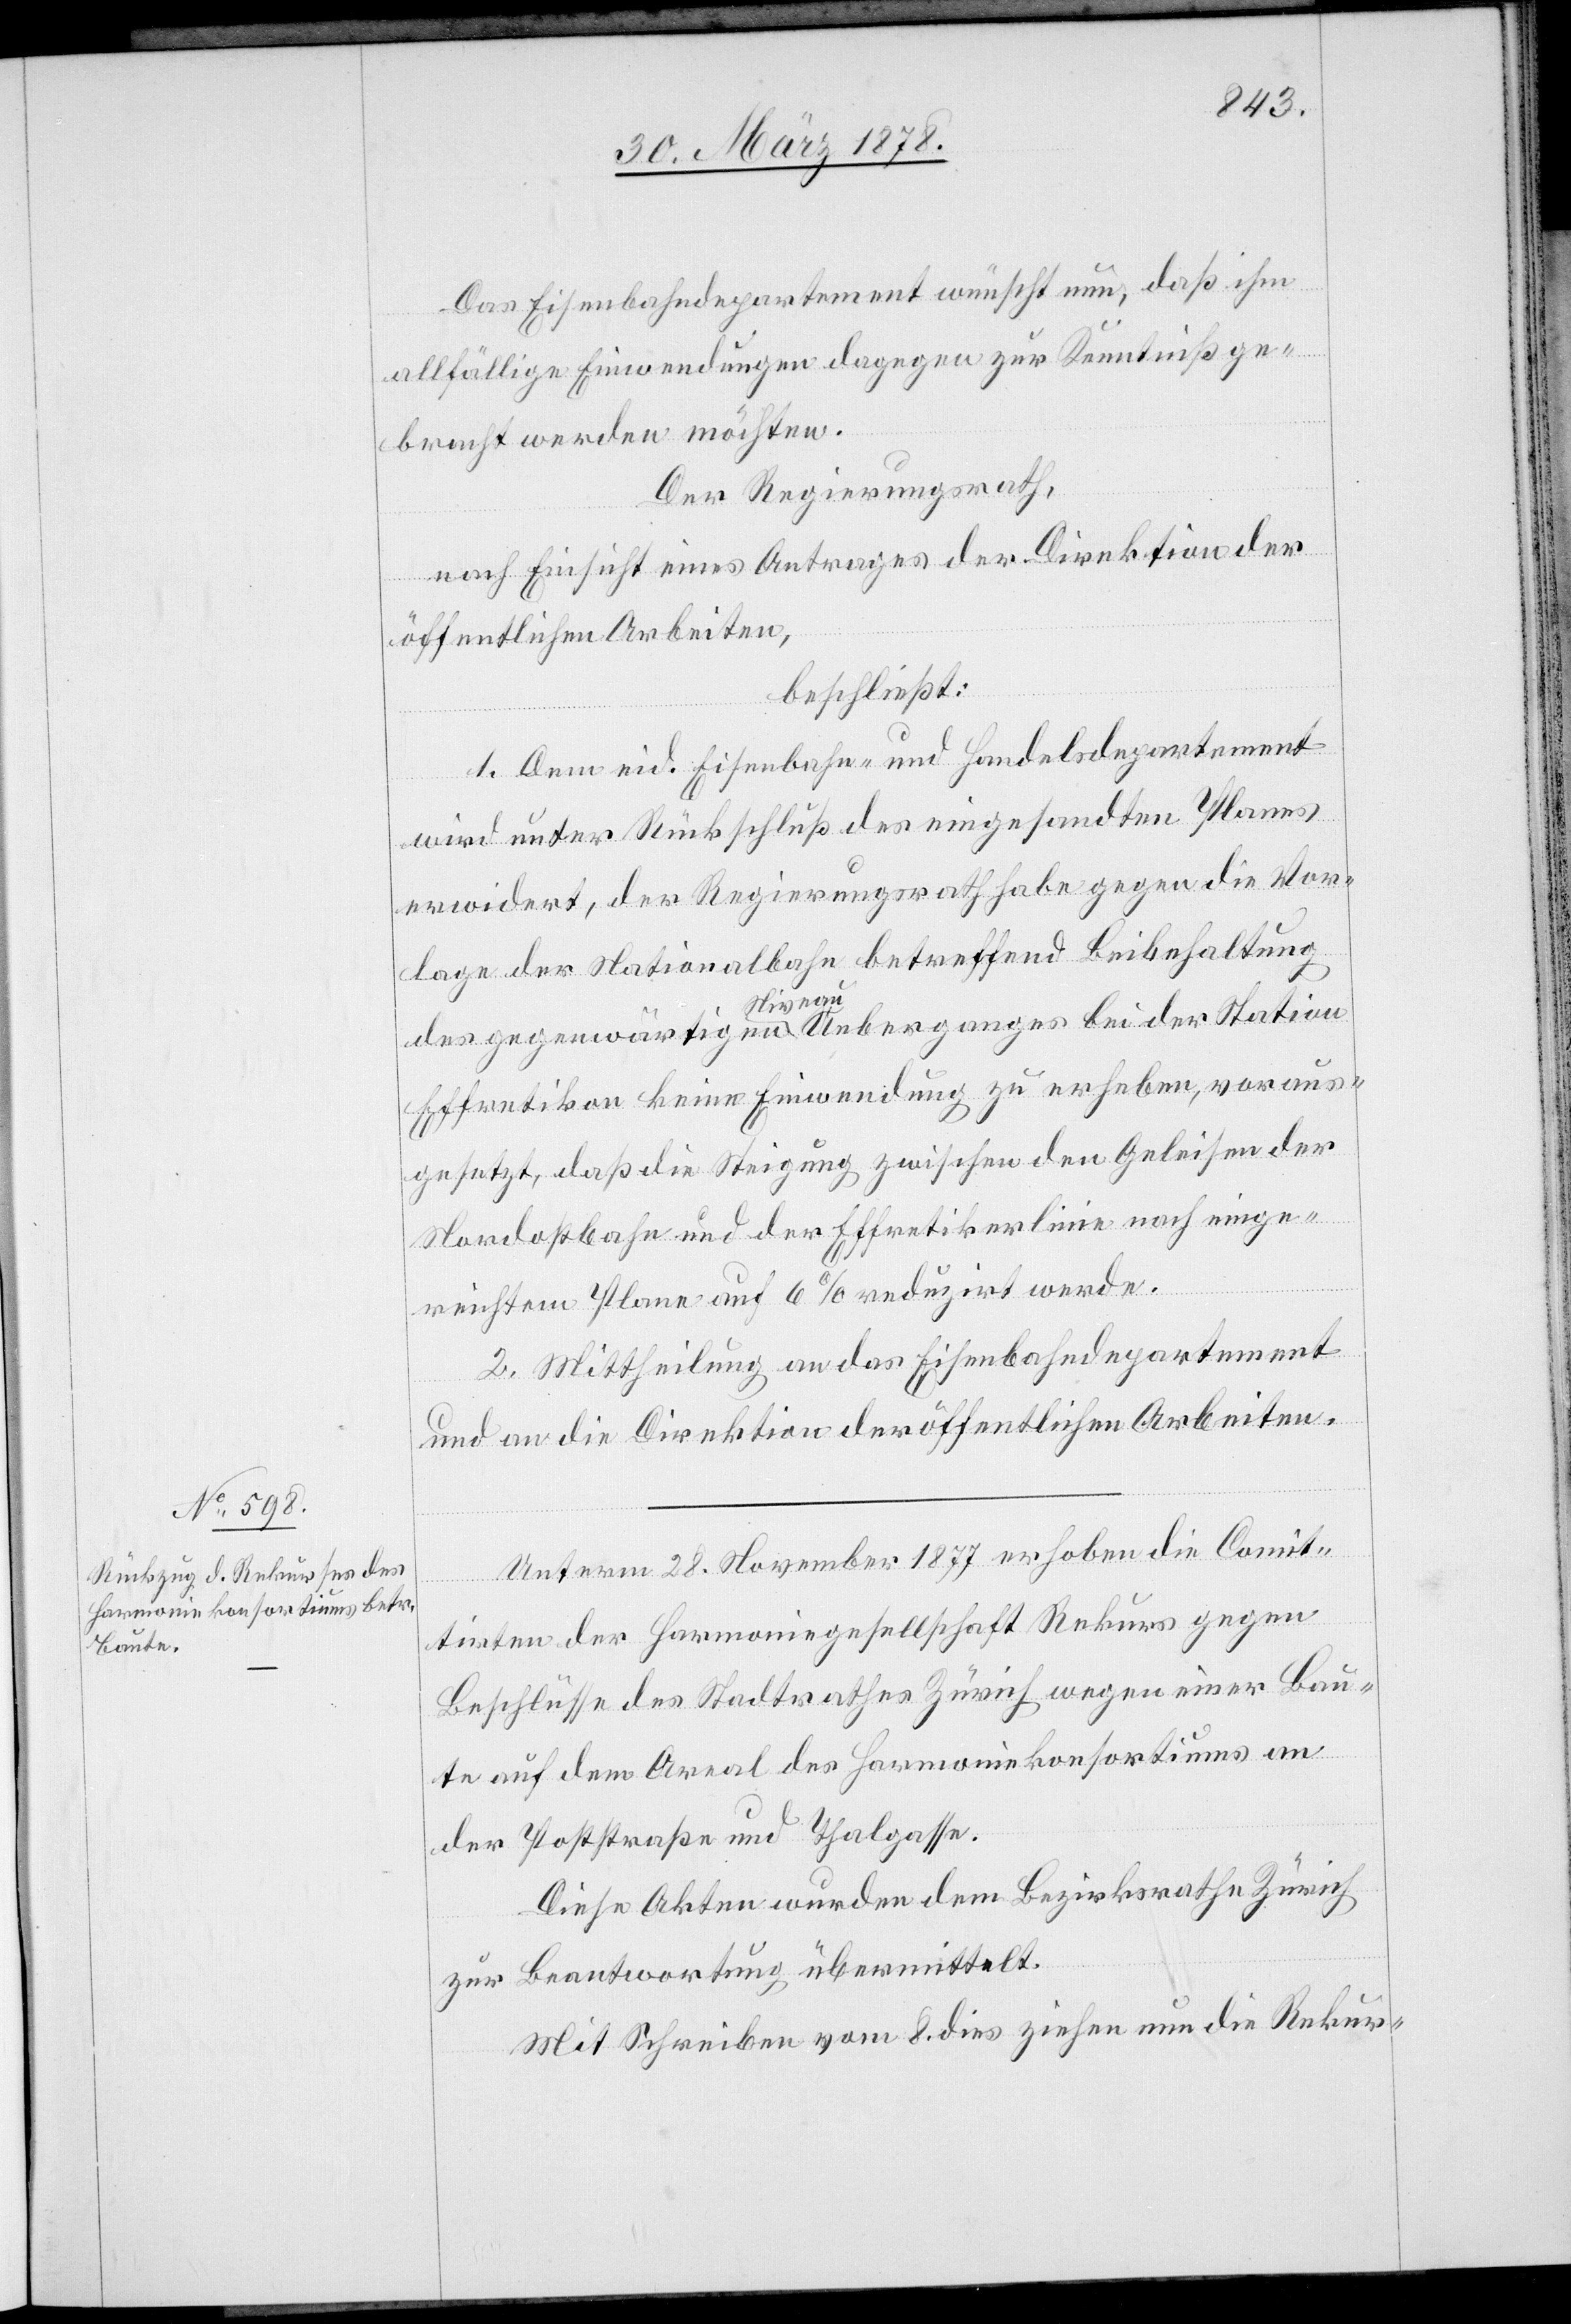
Das Eisenbahndepartement wünscht nun, daß ihm
allfällige Einwendungen dagegen zur Kenntniß ge¬
bracht werden möchten.
Der Regierungsrath,
nach Einsicht eines Antrages der Direktion der
öffentlichen Arbeiten,
beschließt:
1. Dem eid. Eisenbahn- und Handelsdepartement
wird unter Rückschluß des eingesandten Planes
erwidert, der Regierungsrath habe gegen die Vor¬
lage der Nationalbahn betreffend Beibehaltung
des gegenwärtigen Niveau-Ueberganges bei der Station
Effretikon keine Einwendung zu erheben, voraus¬
gesetzt, daß die Steigung zwischen den Geleisen der
Nordostbahn und der Effretikerlinie nach einge¬
reichtem Plane auf 6% reduzirt werde.
2. Mittheilung an das Eisenbahndepartement
und an die Direktion der öffentlichen Arbeiten.
Unterm 28. November 1877 erhoben die Comi¬
tirten der Harmoniegesellschaft Rekurs gegen
Beschlüsse des Stadtrathes Zürich wegen einer Bau¬
te auf dem Areal des Harmoniekonsortiums an
der Poststraße und Thalgasse.
Diese Akten wurden dem Bezirksrathe Zürich
zur Beantwortung übermittelt.
Mit Schreiben vom 8. dies ziehen nun die Rekur-